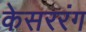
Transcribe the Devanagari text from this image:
केसररंग